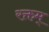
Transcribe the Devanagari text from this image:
रक्तम्